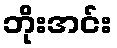
ဘိုးအင်း